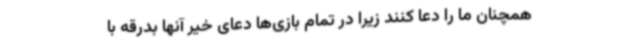
همچنان ما را دعا کنند زیرا در تمام بازی‌ها دعای خیر آنها بدرقه با